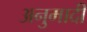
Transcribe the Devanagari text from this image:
अनुमादी